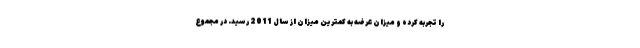
را تجربه کرده و میزان عرضه به کمترین میزان از سال 2011 رسید. در مجموع